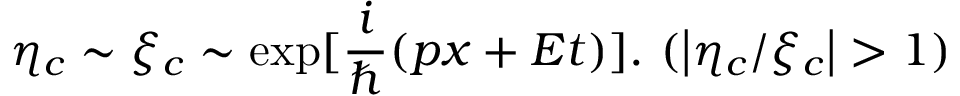
\eta _ { c } \sim \xi _ { c } \sim \exp [ \frac i \hbar ( p x + E t ) ] . \mathrm { ~ } ( \left| \eta _ { c } / \xi _ { c } \right| > 1 )